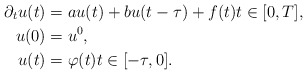
\begin{align*} \partial_{t} u(t) &= a u(t) + b u(t - \tau) + f(t) t \in [0, T], \\ u(0) &= u^{0}, \\ u(t) &= \varphi(t) t \in [-\tau, 0]. \end{align*}